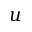
u